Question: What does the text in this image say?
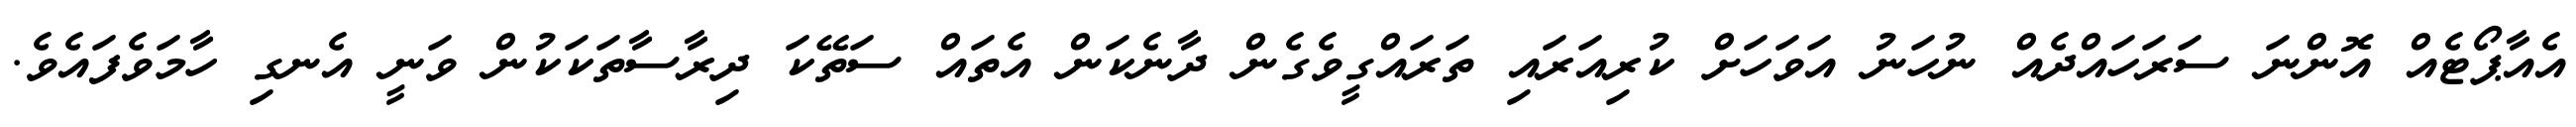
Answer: އެއާޕޯޓެއް އޮންނަ ސަރަހައްދެއް ނުހަނު އަވަހަށް ކުރިއަރައި ތަރައްގީވެގެން ދާނެކަން އެތައް ސަތޭކަ ދިރާސާތަކަކުން ވަނީ އެނގި ހާމަވެފައެވެ.